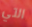
التي